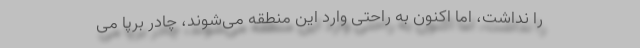
را نداشت، اما اکنون به راحتی وارد این منطقه می‌شوند، چادر برپا می